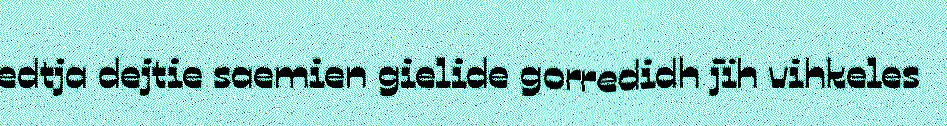
edtja dejtie saemien gielide gorredidh jïh vihkeles